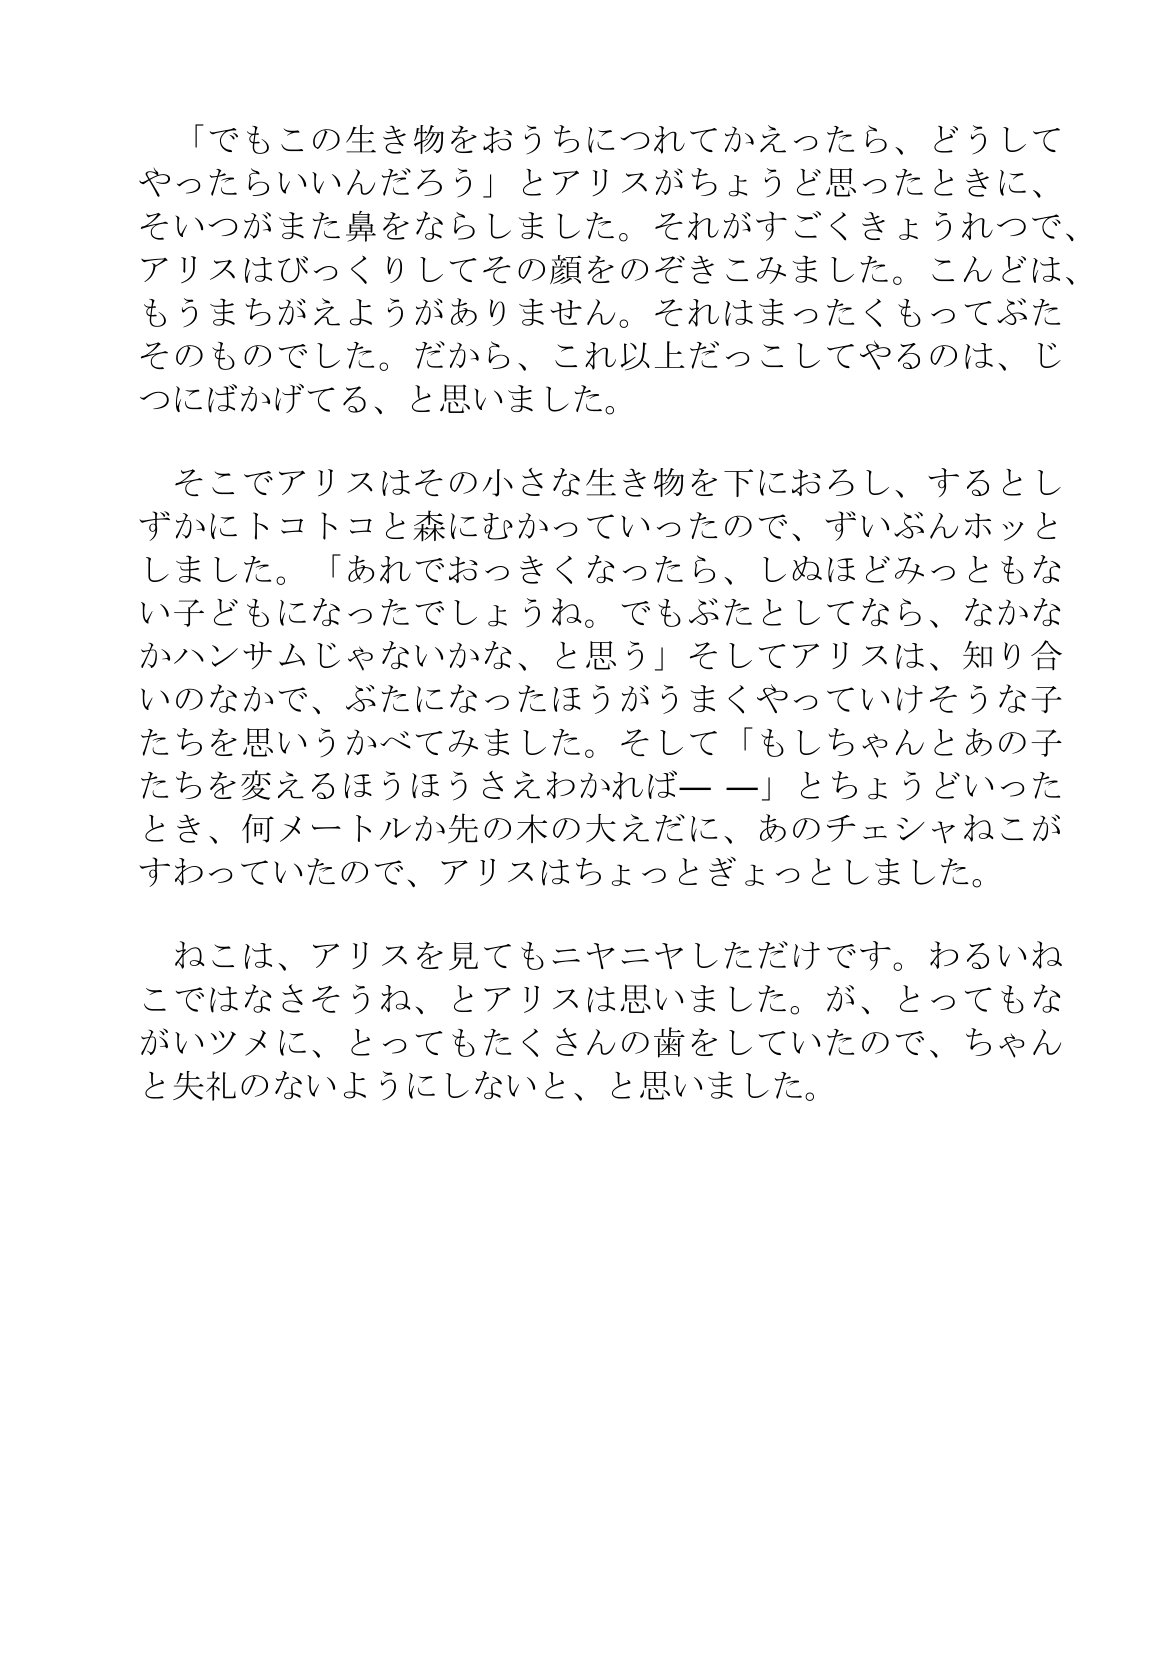
Language: ja